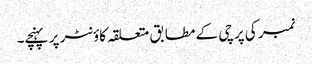
نمبر کی پرچی کے مطابق متعلقہ کاؤنٹر پر پہنچے۔